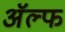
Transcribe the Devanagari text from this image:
अॅल्फ